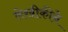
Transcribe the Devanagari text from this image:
लेखीकीने